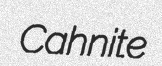
Cahnite